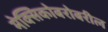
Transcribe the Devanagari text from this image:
मेक्सिकोबरोबरील